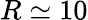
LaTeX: R\simeq 10